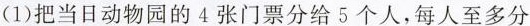
(1)把当日动物园的4张门票分给5个人，每人至多分